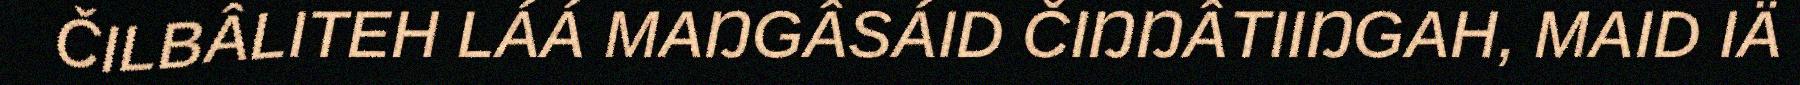
ČILBÂLITEH LÁÁ MAŊGÂSÁID ČIŊŊÂTIIŊGAH, MAID IÄ